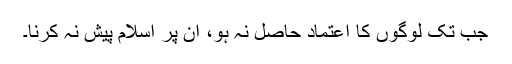
جب تک لوگوں کا اعتماد حاصل نہ ہو، ان پر اسلام پیش نہ کرنا۔